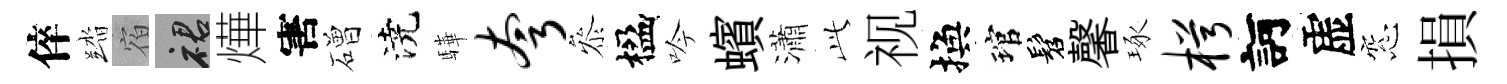
倅踏宿裙燁害磳澆驊夸叅楹吟蠙瀟𬼘视換琯髫馨琢枵訶虚窓損